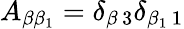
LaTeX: A_{\beta\beta_{1}}=\delta_{\beta\, 3}\delta_{\beta_{1}\, 1}